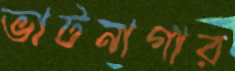
ভাটনাগার